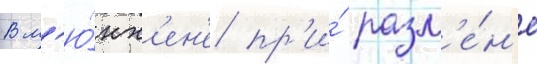
В м'ю́нх'ен'е пр'и́ разм'е́н'е